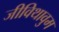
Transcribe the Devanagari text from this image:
जीविथावुम